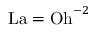
\mathrm { L a } = \mathrm { O h } ^ { - 2 }